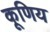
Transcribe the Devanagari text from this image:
कूणिय